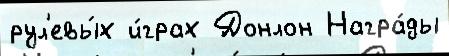
рул'евы́х и́грах Донлон Награ́ды